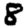
Digit: 8